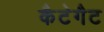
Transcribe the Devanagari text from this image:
कैटेगैट